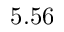
5 . 5 6